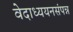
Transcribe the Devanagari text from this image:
वेदाध्ययनसंपन्न